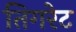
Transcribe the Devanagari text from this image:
तिगरेट